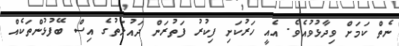
ނެތް ކަމަށް ވިދާޅުވުއެވެ. އެއީ ހަރުކަށި ފިކުރު ފަތުރަން ދައުލަތުގެ އިސް ބޭފުޅުންތަކެއް